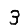
Digit: 3